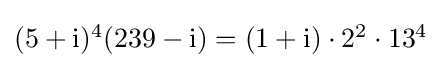
{\textstyle (5+\mathrm {i} )^{4}(239-\mathrm {i} )=(1+\mathrm {i} )\cdot 2^{2}\cdot 13^{4}}